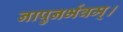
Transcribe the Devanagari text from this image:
नापुनर्भवम्।